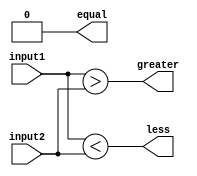
module comparator(input [7:0] input1, input [7:0] input2, output equal, greater, less);

wire [7:0] equal_bits, greater_bits, less_bits;

assign equal_bits = (input1 == input2);
assign greater_bits = (input1 > input2);
assign less_bits = (input1 < input2);

assign equal = &equal_bits;
assign greater = |greater_bits;
assign less = |less_bits;

endmodule